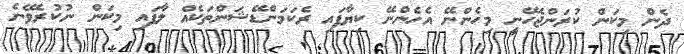
ދެން މިކަން ކުރަންޖެހޭނީ މިހެންނޭ އެހެންނޭ ކިޔާފައި ރެކަމަންޑޭޝަންތަކެއް ލާފައި މިކަން ނުކުރެވޭނެ